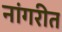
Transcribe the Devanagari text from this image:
नांगरीत